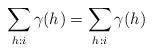
LaTeX: \begin{align*}\sum_{h_{}: i}\gamma(h_{})=\sum_{h_{}: i}\gamma(h_{})\end{align*}